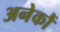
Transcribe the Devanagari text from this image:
अनेकौं